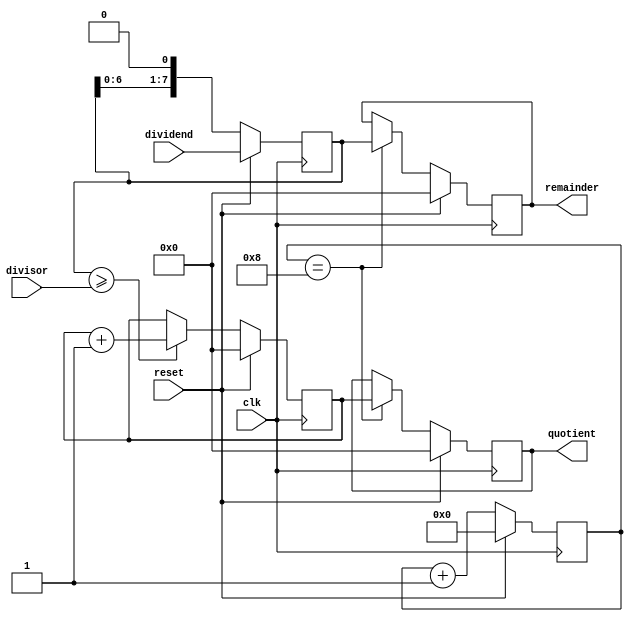
module Restoring_Divider(
    input wire clk,
    input wire reset,
    input wire [7:0] dividend,
    input wire [7:0] divisor,
    output reg [7:0] quotient,
    output reg [7:0] remainder
);

reg [7:0] partial_quotient;
reg [7:0] temp_remainder;
reg [3:0] count;
reg done;

always @(posedge clk) begin
    if (reset) begin
        quotient <= 8'b0;
        remainder <= 8'b0;
        partial_quotient <= 8'b0;
        temp_remainder <= dividend;
        count <= 4'b0;
        done <= 1'b0;
    end else begin
        if (temp_remainder >= divisor) begin
            temp_remainder <= temp_remainder - divisor;
            partial_quotient <= partial_quotient + 1;
        end
        temp_remainder <= temp_remainder << 1;
        count <= count + 1;
        if (count == 4'h8) begin
            quotient <= partial_quotient;
            remainder <= temp_remainder;
            done <= 1'b1;
        end
    end
end

endmodule